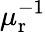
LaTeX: \mu_{\mathrm{r}}^{-1}